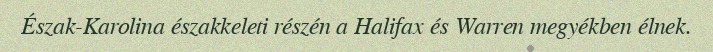
Észak-Karolina északkeleti részén a Halifax és Warren megyékben élnek.